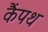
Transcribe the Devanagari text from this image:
कैंपथ